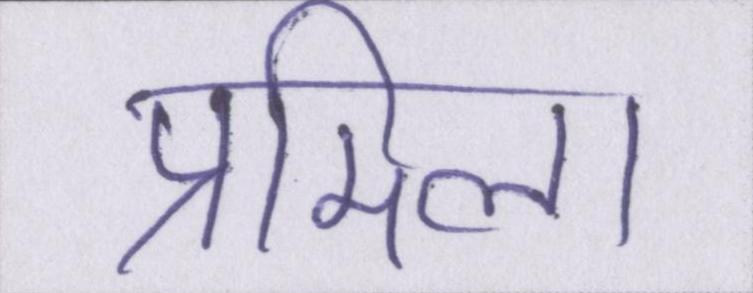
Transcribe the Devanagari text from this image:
प्रमिला